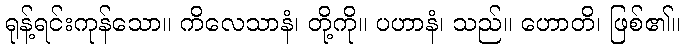
ရုန့်ရင်းကုန်သော။ ကိလေသာနံ၊ တို့ကို။ ပဟာနံ၊ သည်။ ဟောတိ၊ ဖြစ်၏။